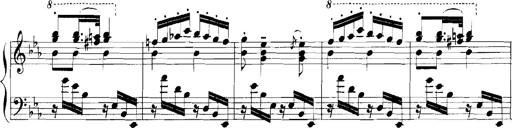
Title: Rhapsodies hongroises
Composer: Franz Liszt